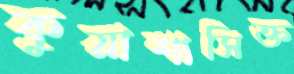
কুয়াশাসিক্ত